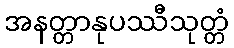
အနတ္တာနုပဿီသုတ္တံ